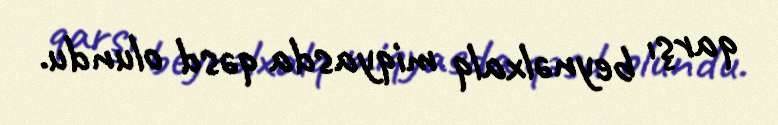
qarşı beynəlxalq miqyasda qəsd olundu.